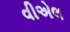
વીએલ